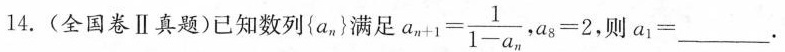
14.(全国卷Ⅱ真题)已知数列{a_{n}}满足$$ a_{n+1}= \frac{1}{1-a_{n}} $$,$$ a_{8}=2 $$，则$$a_{1}=___$$。